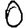
Digit: 0